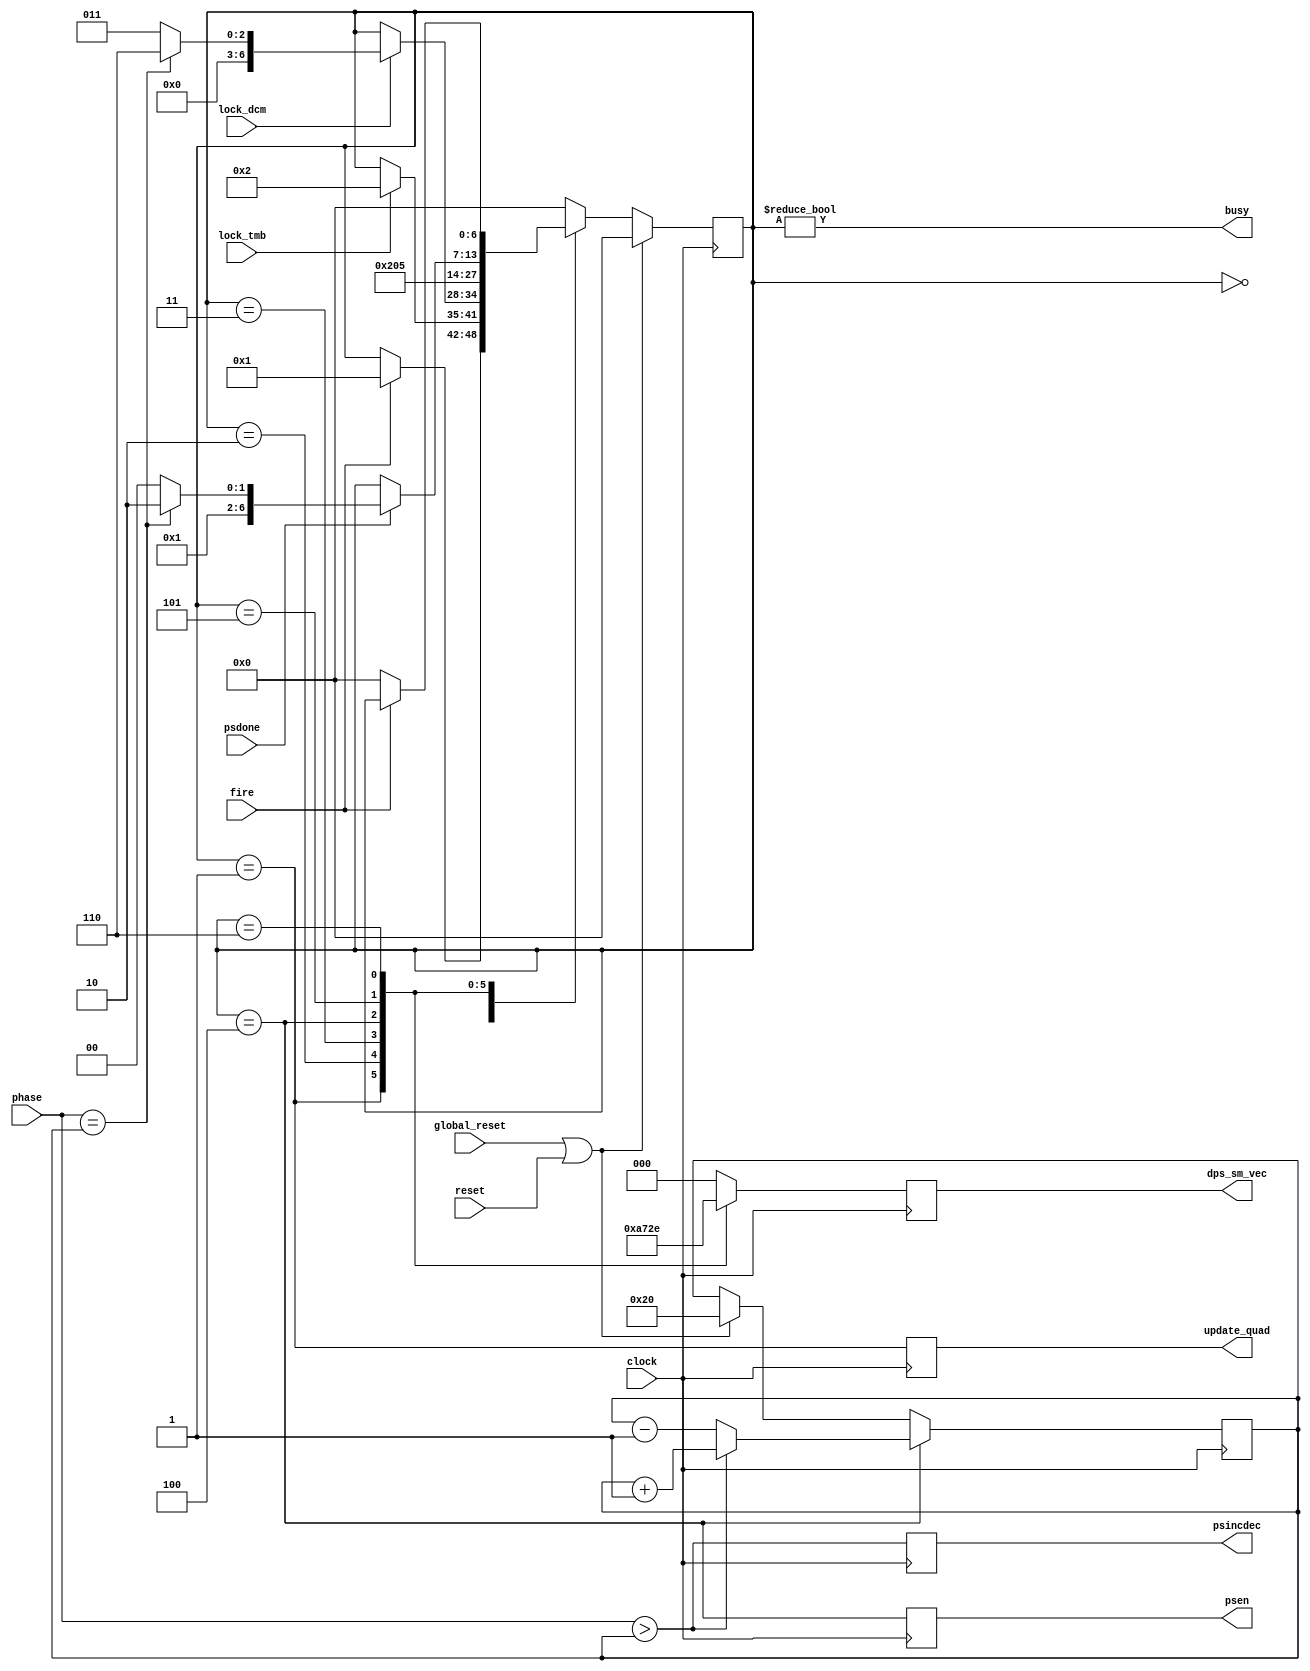
`timescale 1ns / 1ps
//`define DEBUG_PHASER = 1
//-----------------------------------------------------------------------------------------------------------------
//	DCM Digital phase shift State Machine
//-----------------------------------------------------------------------------------------------------------------
//	06/10/09 Initial
//	06/11/09 Change to continuous psclk
//	06/15/09 Change to -32 to +31 phase range to span 25/4=6.25ns
//	09/11/09 Add quadrant FF update strobe
//	09/13/09 FF buffer update strobe
//	09/30/10 Port to ise 12
//	11/08/10 Add virtex6 option for wider phase counter
//	11/18/10 Correction to virtex2 bus width
//-----------------------------------------------------------------------------------------------------------------
	module phaser
	(
// Clocks
	clock,
	global_reset,

// DCM lock status ports
	lock_tmb,
	lock_dcm,

// DCM digital phase shift ports
	psen,
	psincdec,
	psdone,

// VME control/status ports
	fire,
	reset,
	phase,
	busy,
	dps_sm_vec,
	update_quad

// Debug ports
	`ifdef DEBUG_PHASER
	,current_phase
	,dps_sm_dsp
	`endif
    );
//-----------------------------------------------------------------------------------------------------------------
// Firmware type determines phase port and counter widths
//-----------------------------------------------------------------------------------------------------------------
	parameter MXPHASE=6;
	initial	$display("phaser: MXPHASE=%d",MXPHASE);

//-----------------------------------------------------------------------------------------------------------------
// Ports
//-----------------------------------------------------------------------------------------------------------------
// Clocks
	input					clock;				// 40MHz global TMB clock 1x
	input					global_reset;		// Global reset, asserted until main DLL locks

// DCM lock status ports
	input					lock_tmb;			//  Lock state for TMB main clock DLL
	input					lock_dcm;			//  Lock state for this DCM

// DCM digital phase shift ports
	output					psen;				// Dps phase shift enable
	output					psincdec;			// Dps phase increment/decrement
	input					psdone;				// Dps done

// VME control/status ports
	input					fire;				// VME Set new phase
	input					reset;				// VME Reset current phase
	input	[MXPHASE-1:0]	phase;				// VME Phase to set, 0-63
	output					busy;				// VME Phase shifter busy
	output	[2:0]			dps_sm_vec;			// VME Phase shifter machine state
	output					update_quad;		// Update quadrant select FFs

// Debug ports
	`ifdef DEBUG_PHASER
	output	[MCPHPASE-1:0]	current_phase;		// Current dcm phase
	output	[47:0]			dps_sm_dsp;			// State Machine ASCII display
	`endif

//-----------------------------------------------------------------------------------------------------------------
//  Digital phase shift State Machine
//-----------------------------------------------------------------------------------------------------------------
// State Machine declarations
	reg	[6:0] dps_sm;		// synthesis attribute safe_implementation of dps_sm is "yes";
	reg	[2:0] dps_sm_vec;

	parameter idle		=	7'h0;
	parameter wait_tmb	=	7'h1;
	parameter wait_dcm	=	7'h2;
	parameter init_dps	=	7'h3;
	parameter inc_dec	=	7'h4;
	parameter wait_dps	=	7'h5;
	parameter unfire	=	7'h6;

// Local
	wire inc_done;
	wire increment;
	wire phase_reset = global_reset || reset;

// State Machine
	always @(posedge clock) begin
	if (phase_reset)dps_sm = idle;
	else begin
	case (dps_sm)
	
	idle:											// Idling, waiting for fire command
	 if (fire)		dps_sm = wait_tmb;

	wait_tmb:										// Wait for TMB main clock DLL to lock
	 if (lock_tmb)	dps_sm = wait_dcm;

	wait_dcm:										// Wait for this DCM to lock
	 if (lock_dcm)	begin
	 if (!inc_done)	dps_sm = init_dps;				// Start incrementing or decrementing
	 else			dps_sm = unfire;				// Phase already at selected value
	 end

	init_dps:		dps_sm = inc_dec;				// Assert dps signals

	inc_dec:		dps_sm = wait_dps;				// Pulse dcm clock 1 cycle
	
	wait_dps:										// Wait for dcm to report done
	 if (psdone) begin
	 if (!inc_done)	dps_sm = inc_dec;				// Continue to increment or decrement
	 else			dps_sm = unfire;				// Done incrementing/decrementing
	 end

	unfire:
	 if (!fire)		dps_sm = idle;					// Wait for unfire command to go away

	default			dps_sm = idle;
	endcase
	end
	end

// State Machine status vector
	always @(posedge clock) begin
	case (dps_sm)
	idle:		dps_sm_vec <= 4'h0;
	wait_tmb:	dps_sm_vec <= 4'h1;
	wait_dcm:	dps_sm_vec <= 4'h2;
	init_dps:	dps_sm_vec <= 4'h3;
	inc_dec:	dps_sm_vec <= 4'h4;
	wait_dps:	dps_sm_vec <= 4'h5;
	unfire:		dps_sm_vec <= 4'h6;
	default		dps_sm_vec <= 4'h0;
	endcase
	end

//-----------------------------------------------------------------------------------------------------------------
//  Digital phase shifter signals, FF buffered to eliminate LUT glitches
//-----------------------------------------------------------------------------------------------------------------
	reg psen		= 0;
	reg psincdec	= 0;

	always @(posedge clock) begin
	psen	 <= (dps_sm == inc_dec);	// psclk enable
	psincdec <= increment;				// 1=increment phase, 0=decrement
	end

// Track current phase value presumed inside DCM
	parameter phase_offset=32;	// Virtex2 DLL resets to 0 phase shift, corresponds to 32 in the 0-63 range
	
	reg [MXPHASE-1:0] current_phase=phase_offset;

	wire   next_phase  = (dps_sm == inc_dec);
	assign busy        = (dps_sm != idle);
	assign increment   = (phase >  current_phase);
	assign inc_done    = (phase == current_phase);

	always @(posedge clock) begin
	if (phase_reset)	current_phase <= phase_offset;
	if (next_phase) begin
	if (increment) 		current_phase <= current_phase+1'b1;
	else  				current_phase <= current_phase-1'b1;
	end
	end

// Update quadrant mux FFs
	reg update_quad = 0;

	always @(posedge clock) begin
	update_quad <= (dps_sm == wait_tmb);
	end

//-----------------------------------------------------------------------------------------------------------------
// Debug
//-----------------------------------------------------------------------------------------------------------------
`ifdef DEBUG_PHASER
// State Machine ASCII display
	reg [47:0] dps_sm_dsp;

	always @* begin
	case (dps_sm)
	idle:		dps_sm_dsp <= "idle  ";
	wait_tmb:	dps_sm_dsp <= "wtmb  ";
	wait_dcm:	dps_sm_dsp <= "wdcm  ";
	init_dps:	dps_sm_dsp <= "init  ";
	inc_dec:	dps_sm_dsp <= "incdec";
	wait_dps:	dps_sm_dsp <= "wdps  ";
	unfire:		dps_sm_dsp <= "unfire";
	default		dps_sm_dsp <= "idle  ";
	endcase
	end
`endif

//-----------------------------------------------------------------------------------------------------------------
	endmodule
//-----------------------------------------------------------------------------------------------------------------